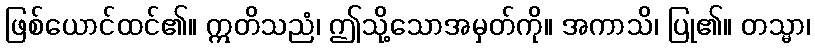
ဖြစ်ယောင်ထင်၏။ ဣတိသညံ၊ ဤသို့သောအမှတ်ကို။ အကာသိ၊ ပြု၏။ တသ္မာ၊